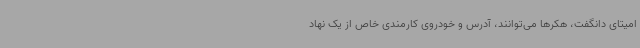
امیتای دانگفت، هکرها می‌توانند، آدرس و خودروی کارمندی خاص از یک نهاد